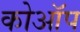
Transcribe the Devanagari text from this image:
कोऑप